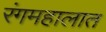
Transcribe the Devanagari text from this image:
रंगमहालात